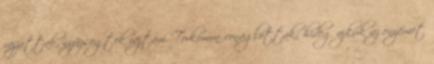
rajzottak, nyüzsögtek rajtam. Torkomon vonaglottak; hideg ajkuk az enyémet